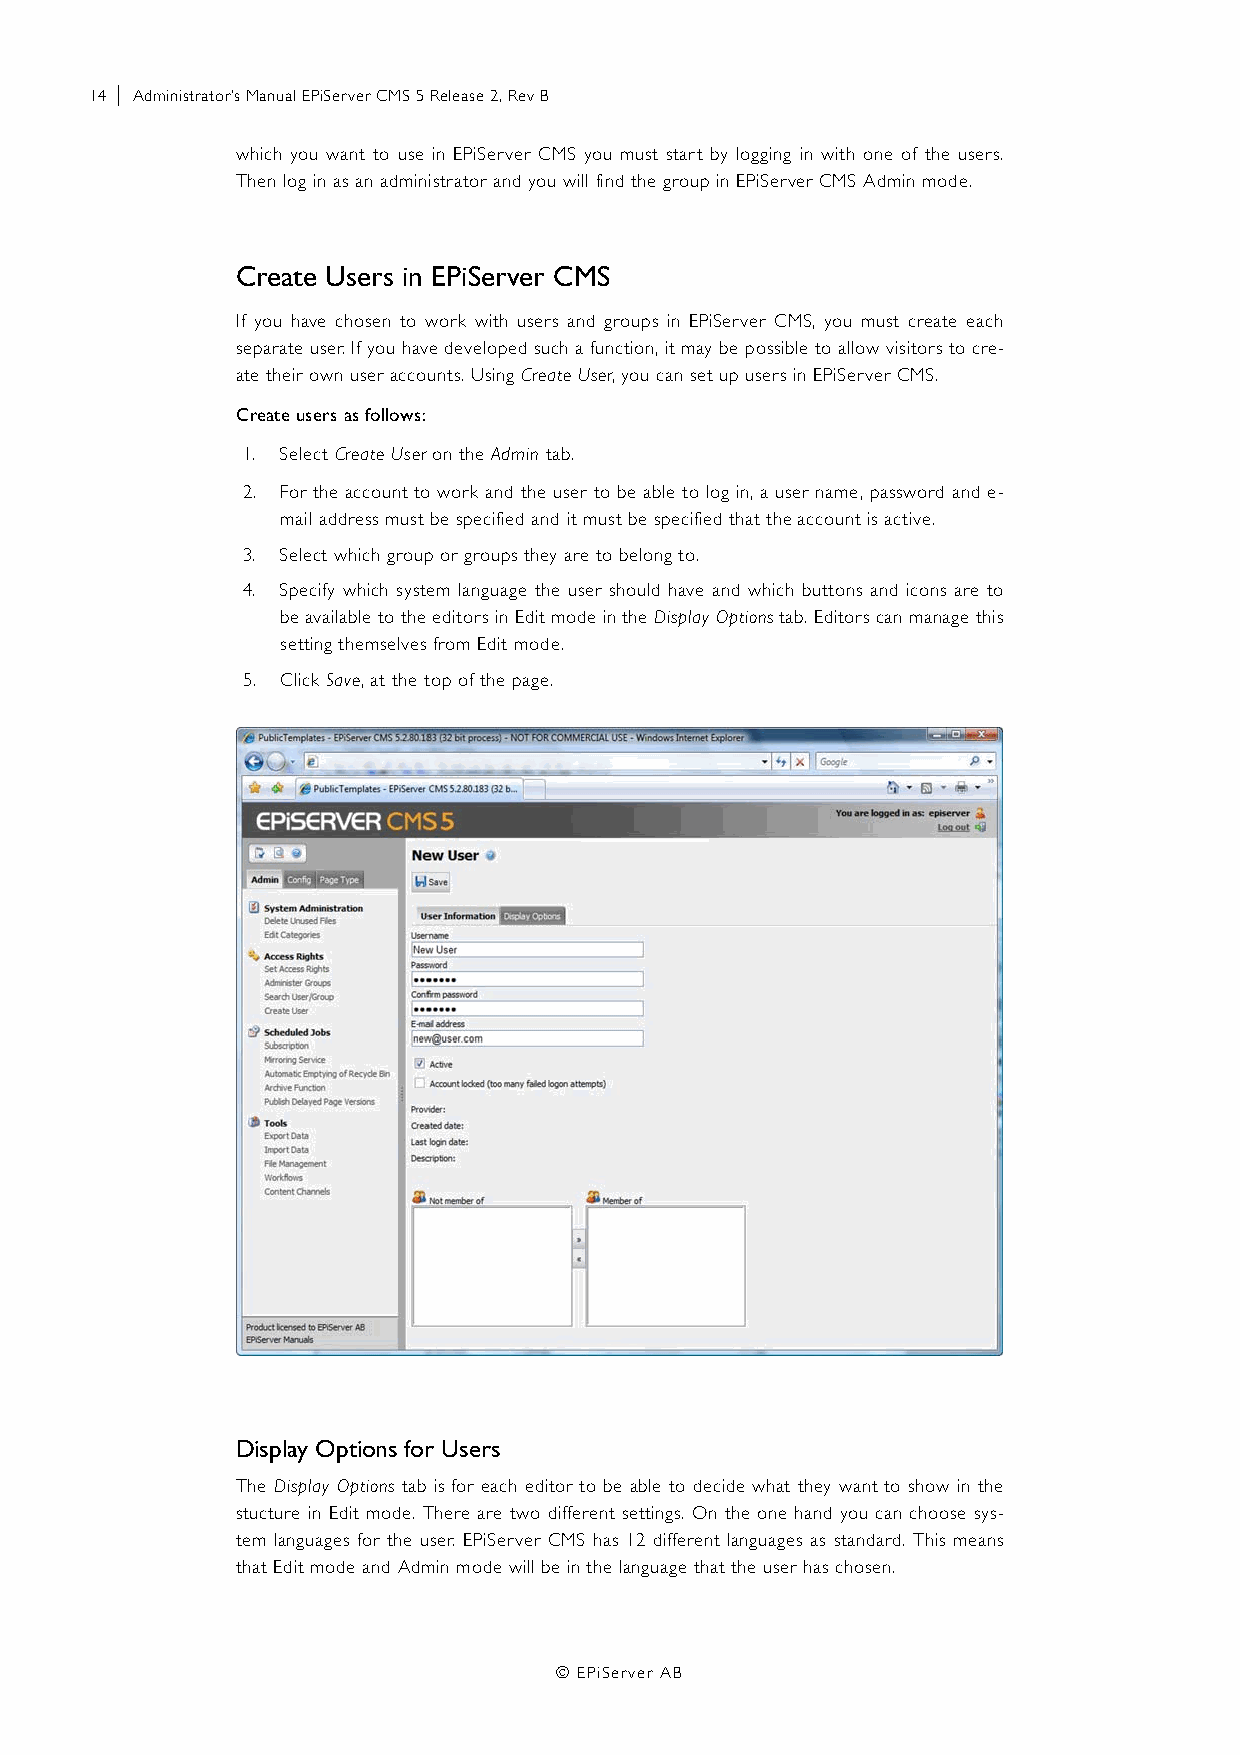
14 | Administrator’s Manual EPiServer CMS 5 Release 2, Rev B
 which you want to use in EPiServer CMS you must start by logging in with one of the users.
 Then log in as an administrator and you will find the group in EPiServer CMS Admin mode.
 Create Users in EPiServer CMS
 If you have chosen to work with users and groups in EPiServer CMS, you must create each
 separate user. If you have developed such a function, it may be possible to allow visitors to cre-
 ate their own user accounts. Using Create User, you can set up users in EPiServer CMS.
 Create users as follows:
 1. Select Create User on the Admin tab.
 2. For the account to work and the user to be able to log in, a user name, password and e-
 mail address must be specified and it must be specified that the account is active.
 3. Select which group or groups they are to belong to.
 4. Specify which system language the user should have and which buttons and icons are to
 be available to the editors in Edit mode in the Display Options tab. Editors can manage this
 setting themselves from Edit mode.
 5. Click Save, at the top of the page.
 Display Options for Users
 The Display Options tab is for each editor to be able to decide what they want to show in the
 stucture in Edit mode. There are two different settings. On the one hand you can choose sys-
 tem languages for the user. EPiServer CMS has 12 different languages as standard. This means
 that Edit mode and Admin mode will be in the language that the user has chosen.
 © EPiServer AB